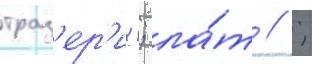
траз'ер'их; ла́т // ;